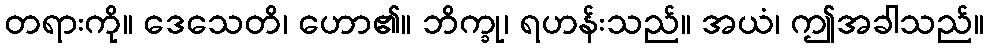
တရားကို။ ဒေသေတိ၊ ဟော၏။ ဘိက္ခု၊ ရဟန်းသည်။ အယံ၊ ဤအခါသည်။